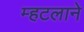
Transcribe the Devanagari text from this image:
म्हटलाने